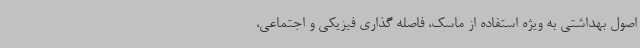
اصول بهداشتی به ویژه استفاده از ماسک، فاصله گذاری فیزیکی و اجتماعی،